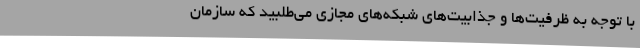
با توجه به ظرفیت‌ها و جذابیت‌های شبکه‌های مجازی می‌طلبید که سازمان